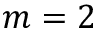
m = 2